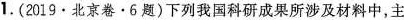
1.(2019·北京卷·6题)下列我国科研成果所涉及材料中，主